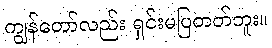
ကျွန်တော်လည်း ရှင်းမပြတတ်ဘူး။